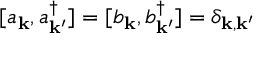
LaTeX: [ a _ { \bf k } , a _ { \bf k ^ { \prime } } ^ { \dagger } ] = [ b _ { \bf k } , b _ { \bf k ^ { \prime } } ^ { \dagger } ] = \delta _ { \bf k , k ^ { \prime } } \,